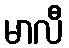
မာလီ